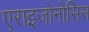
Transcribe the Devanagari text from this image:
एराइजोनोसिस